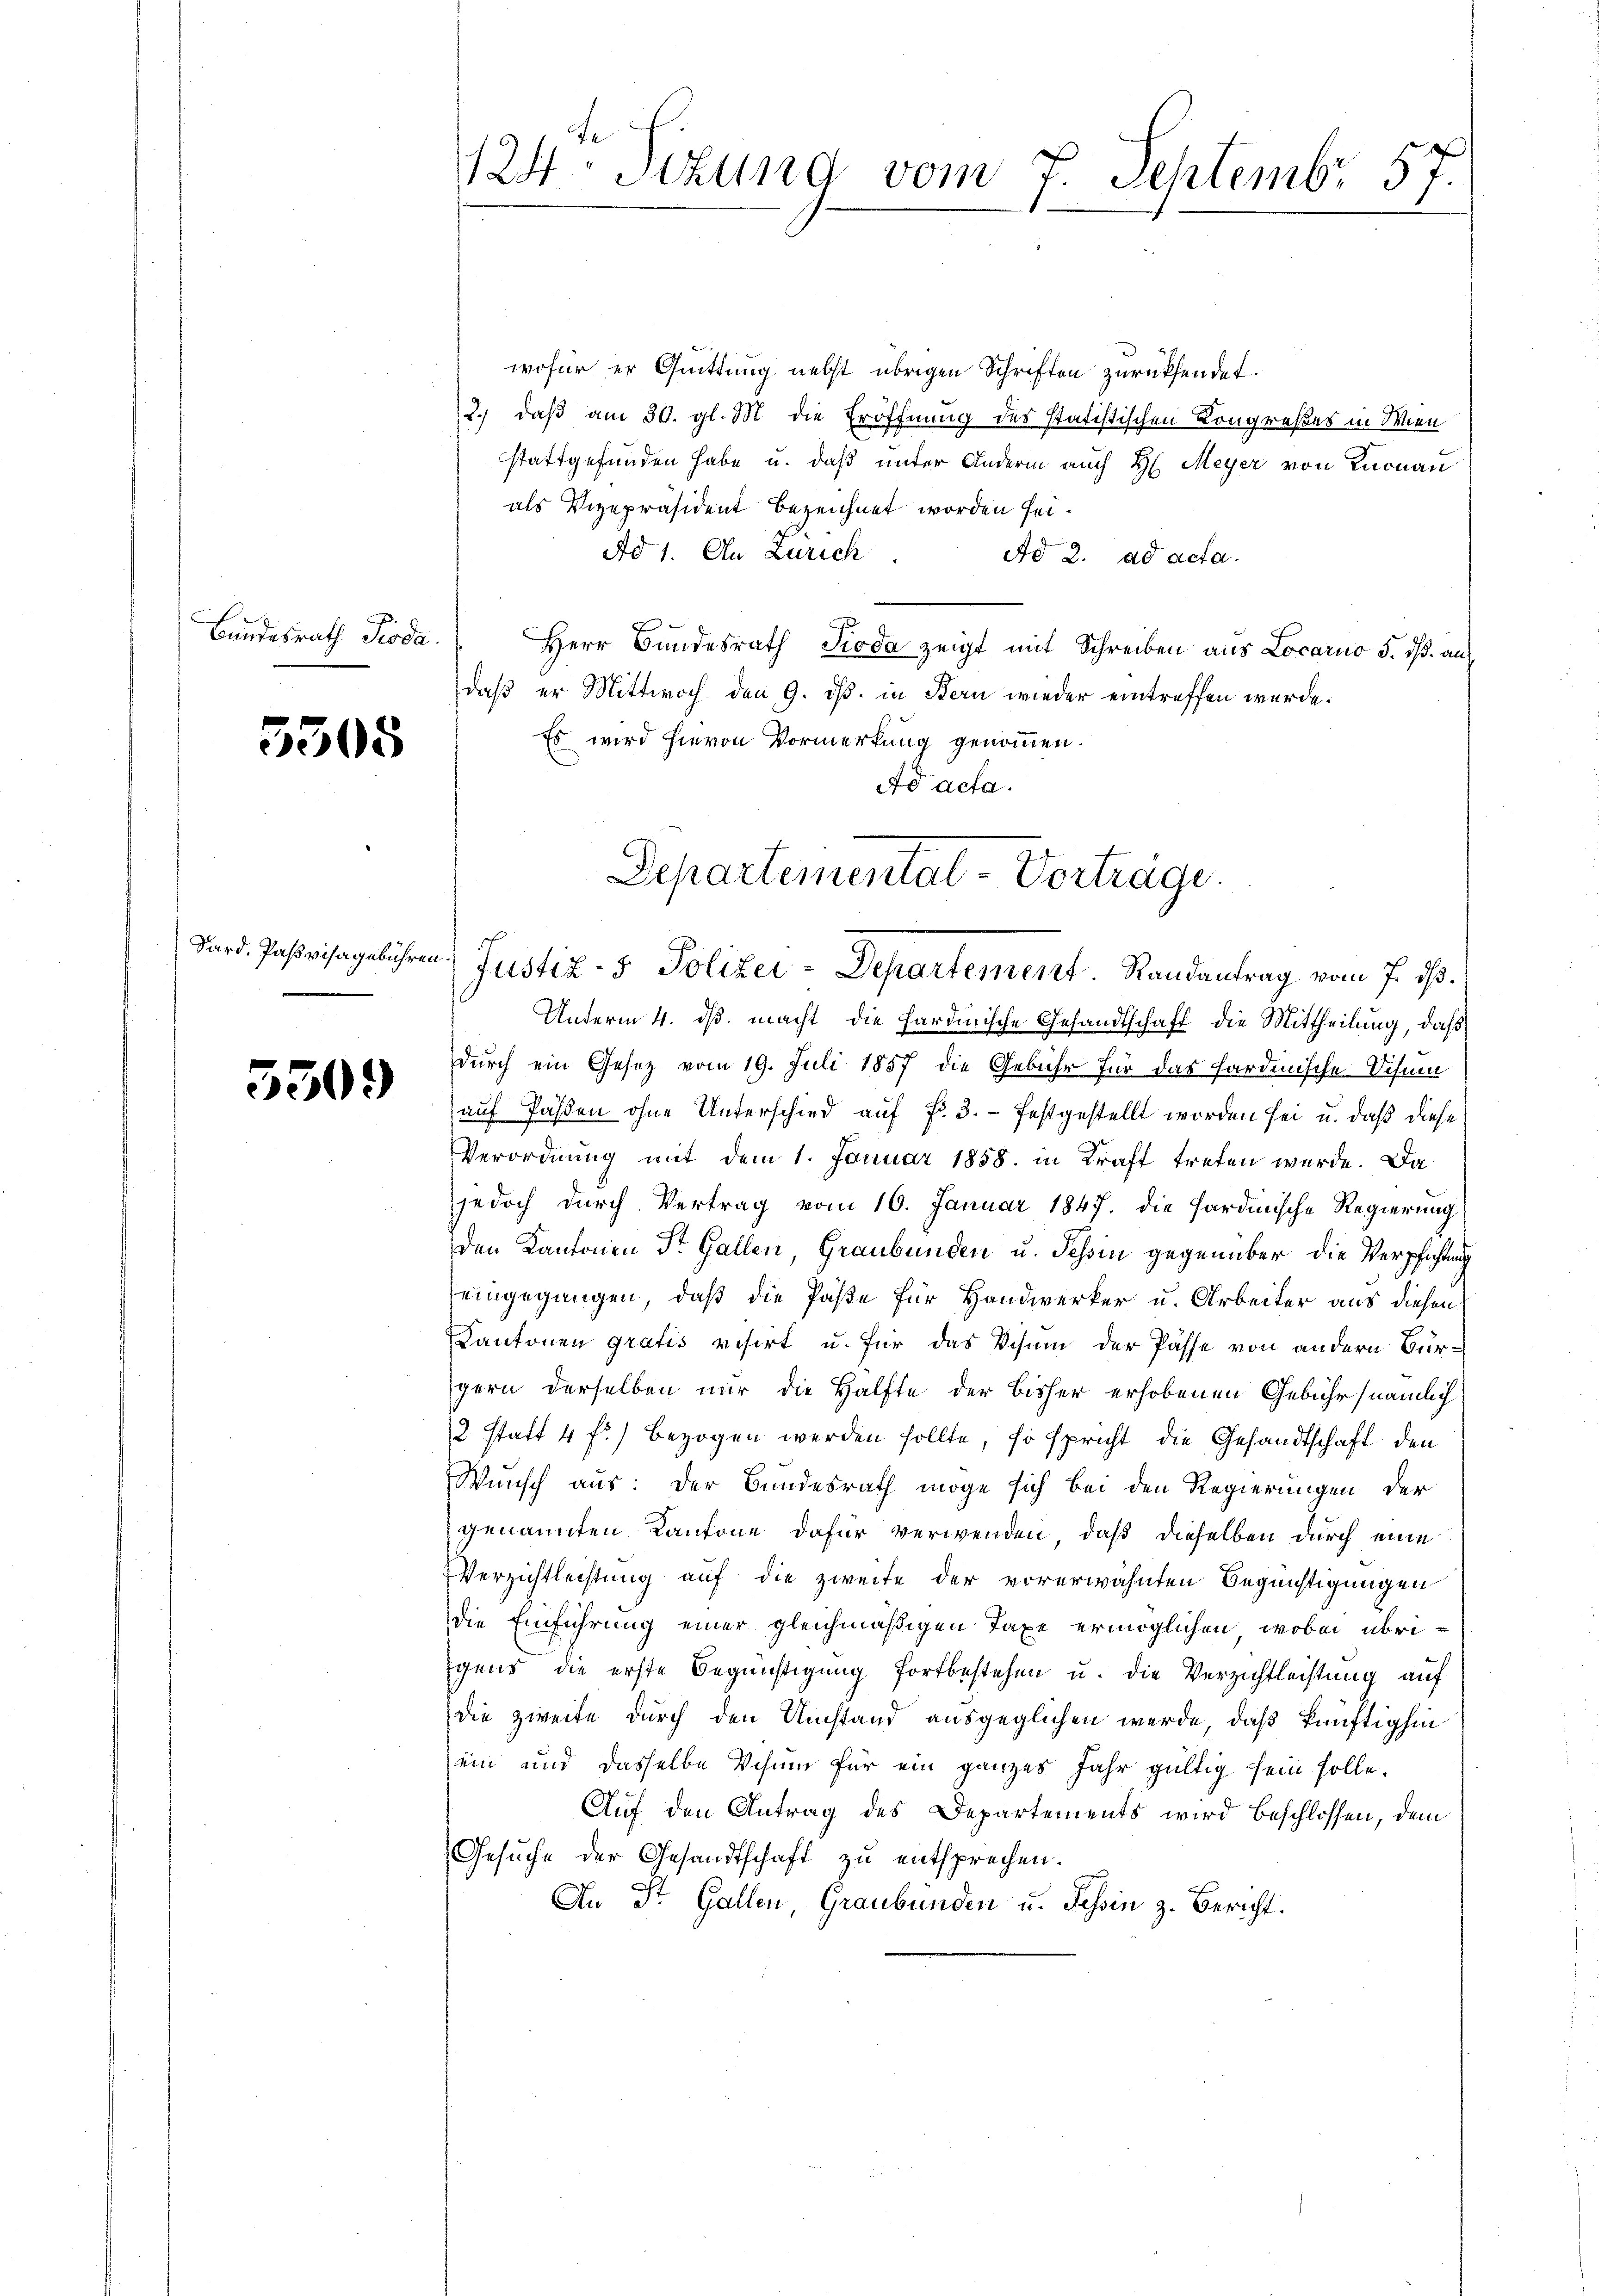
Bundesrath Pioda.

5305

Pard, Paßvisagebühren

5309

te
124. Sitzung vom 7. Septembr. 57.

wofür er Quittung nebst übrigen Schriften zurücksendet.
2.) daß am 30. gl. M. die Eröffnung des statistischen Kongreßes in Wien
stattgefunden habe u. daß unter Andern auch H. Meyer von Knonau
als Vizepräsident bezeichnet worden sei¬
Ad 1. An Zürich.
Ad 2. ad acta.
Herr Bundesrath Pioda zeigt mit Schreiben aus Locarno 5. dß. auf
daß er Mittwoch den 9. ds. in Bern wieder eintreffen wurde.
Es wird hievon Vormerkung genommen.
Ad acta.
Unterm 4. ds. macht die hardinische Gesandtschaft die Mittheilung, daß
durch ein Gesetz vom 19. Juli 1857 die Gebühr für das hardinische Schneeauf Passen ohne Unterschied auf Fr. 3. festgestellt worden sei u. daß diese
Verordnung mit dem 1. Januar 1858. in Kraft treten wurde. Da
jedoch durch Vertrag vom 16. Januar 1847. die sardinische Regierung
den Kantonen St. Gallen, Graubünden u. Tessin gegenüber die Verpfahlung
eingegangen, daß die Paße für Handwerker u. Arbeiter aus diesen
Kantonen gratis visirt u. für das Visum der Pässe von andern Bürgern derselben nur die Hälfte der bisher erhobenen Gebühr (nämlich
2 statt 4 f.) bezogen werden sollte, so spricht die Gesandtschaft den
Wunsch aus: der Bundesrath möge sich bei den Regierungen der
genannten Kantone dafür verwenden, daß dieselben durch eine
Verzichtlechtung auf die zweife der vorerwähnten Begünstigungen
die Einführung einer gleichmäßigen Taxe ermöglichen, wobei übriigens die erste Begünstigung fortbestehen u. die Verzichtleistung auf
die zweite durch den Umstand ausgeglichen werde, daß künftighin
ein und dasselbe Wohne für ein ganzes Jahr gültig sein solle.
Auf den Antrag des Departements wird beschlossen, dem
Gesuche der Gesandtschaft zu entsprechen.
An St. Gallen, Graubünden u. Tessin z. Bericht.

Departemental-Vortrage.
Justiz- & Polizei-Departement. Randantrag vom 7. ds.